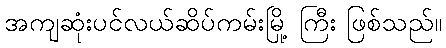
အကျဆုံးပင်လယ်ဆိပ်ကမ်းမြို့ ကြီး ဖြစ်သည်။